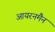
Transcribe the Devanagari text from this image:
आयरनमैन